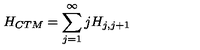
H _ { C T M } = \sum _ { j = 1 } ^ { \infty } j H _ { j , j + 1 }